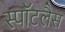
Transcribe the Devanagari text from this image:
स्पॉटलैस